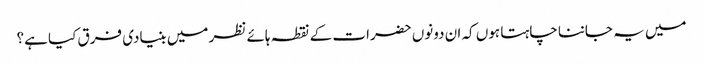
میں یہ جاننا چاہتا ہوں کہ ان دونوں حضرات کے نقطہ ہائے نظر میں بنیادی فرق کیا ہے؟